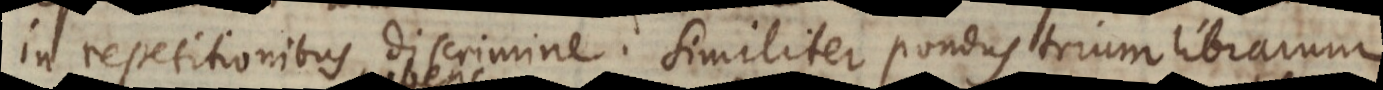
in repetitionibus discrimine. Similiter pondus trium librarum